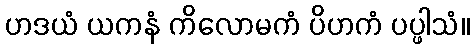
ဟဒယံ ယကနံ ကိလောမကံ ပိဟကံ ပပ္ဖါသံ။